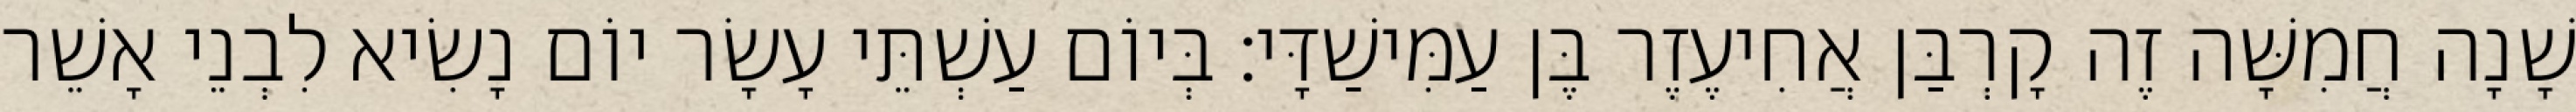
שָׁנָה חֲמִשָּׁה זֶה קָרְבַּן אֲחִיעֶזֶר בֶּן עַמִּישַׁדָּי׃ בְּיוֹם עַשְׁתֵּי עָשָׂר יוֹם נָשִׂיא לִבְנֵי אָשֵׁר